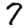
Digit: 7